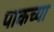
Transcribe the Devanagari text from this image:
पाकच्या